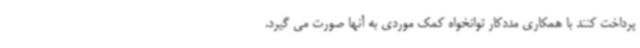
پرداخت کنند با همکاری مددکار توانخواه کمک موردی به آنها صورت می گیرد.